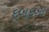
દબદબા